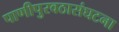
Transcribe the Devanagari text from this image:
पाणीपुरवठासंघटना